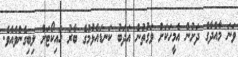
ވަނަ މާއްދާގެ ދަށުން އެމީހަކަށް ވަގުތުން އަދަބު ކަނޑައެޅުމުގެ ބާރު ހައިކޯޓަށް ލިބިގެންވެއެވެ.